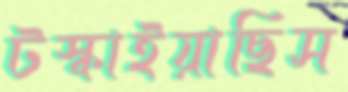
টস্‌কাইয়াছিস